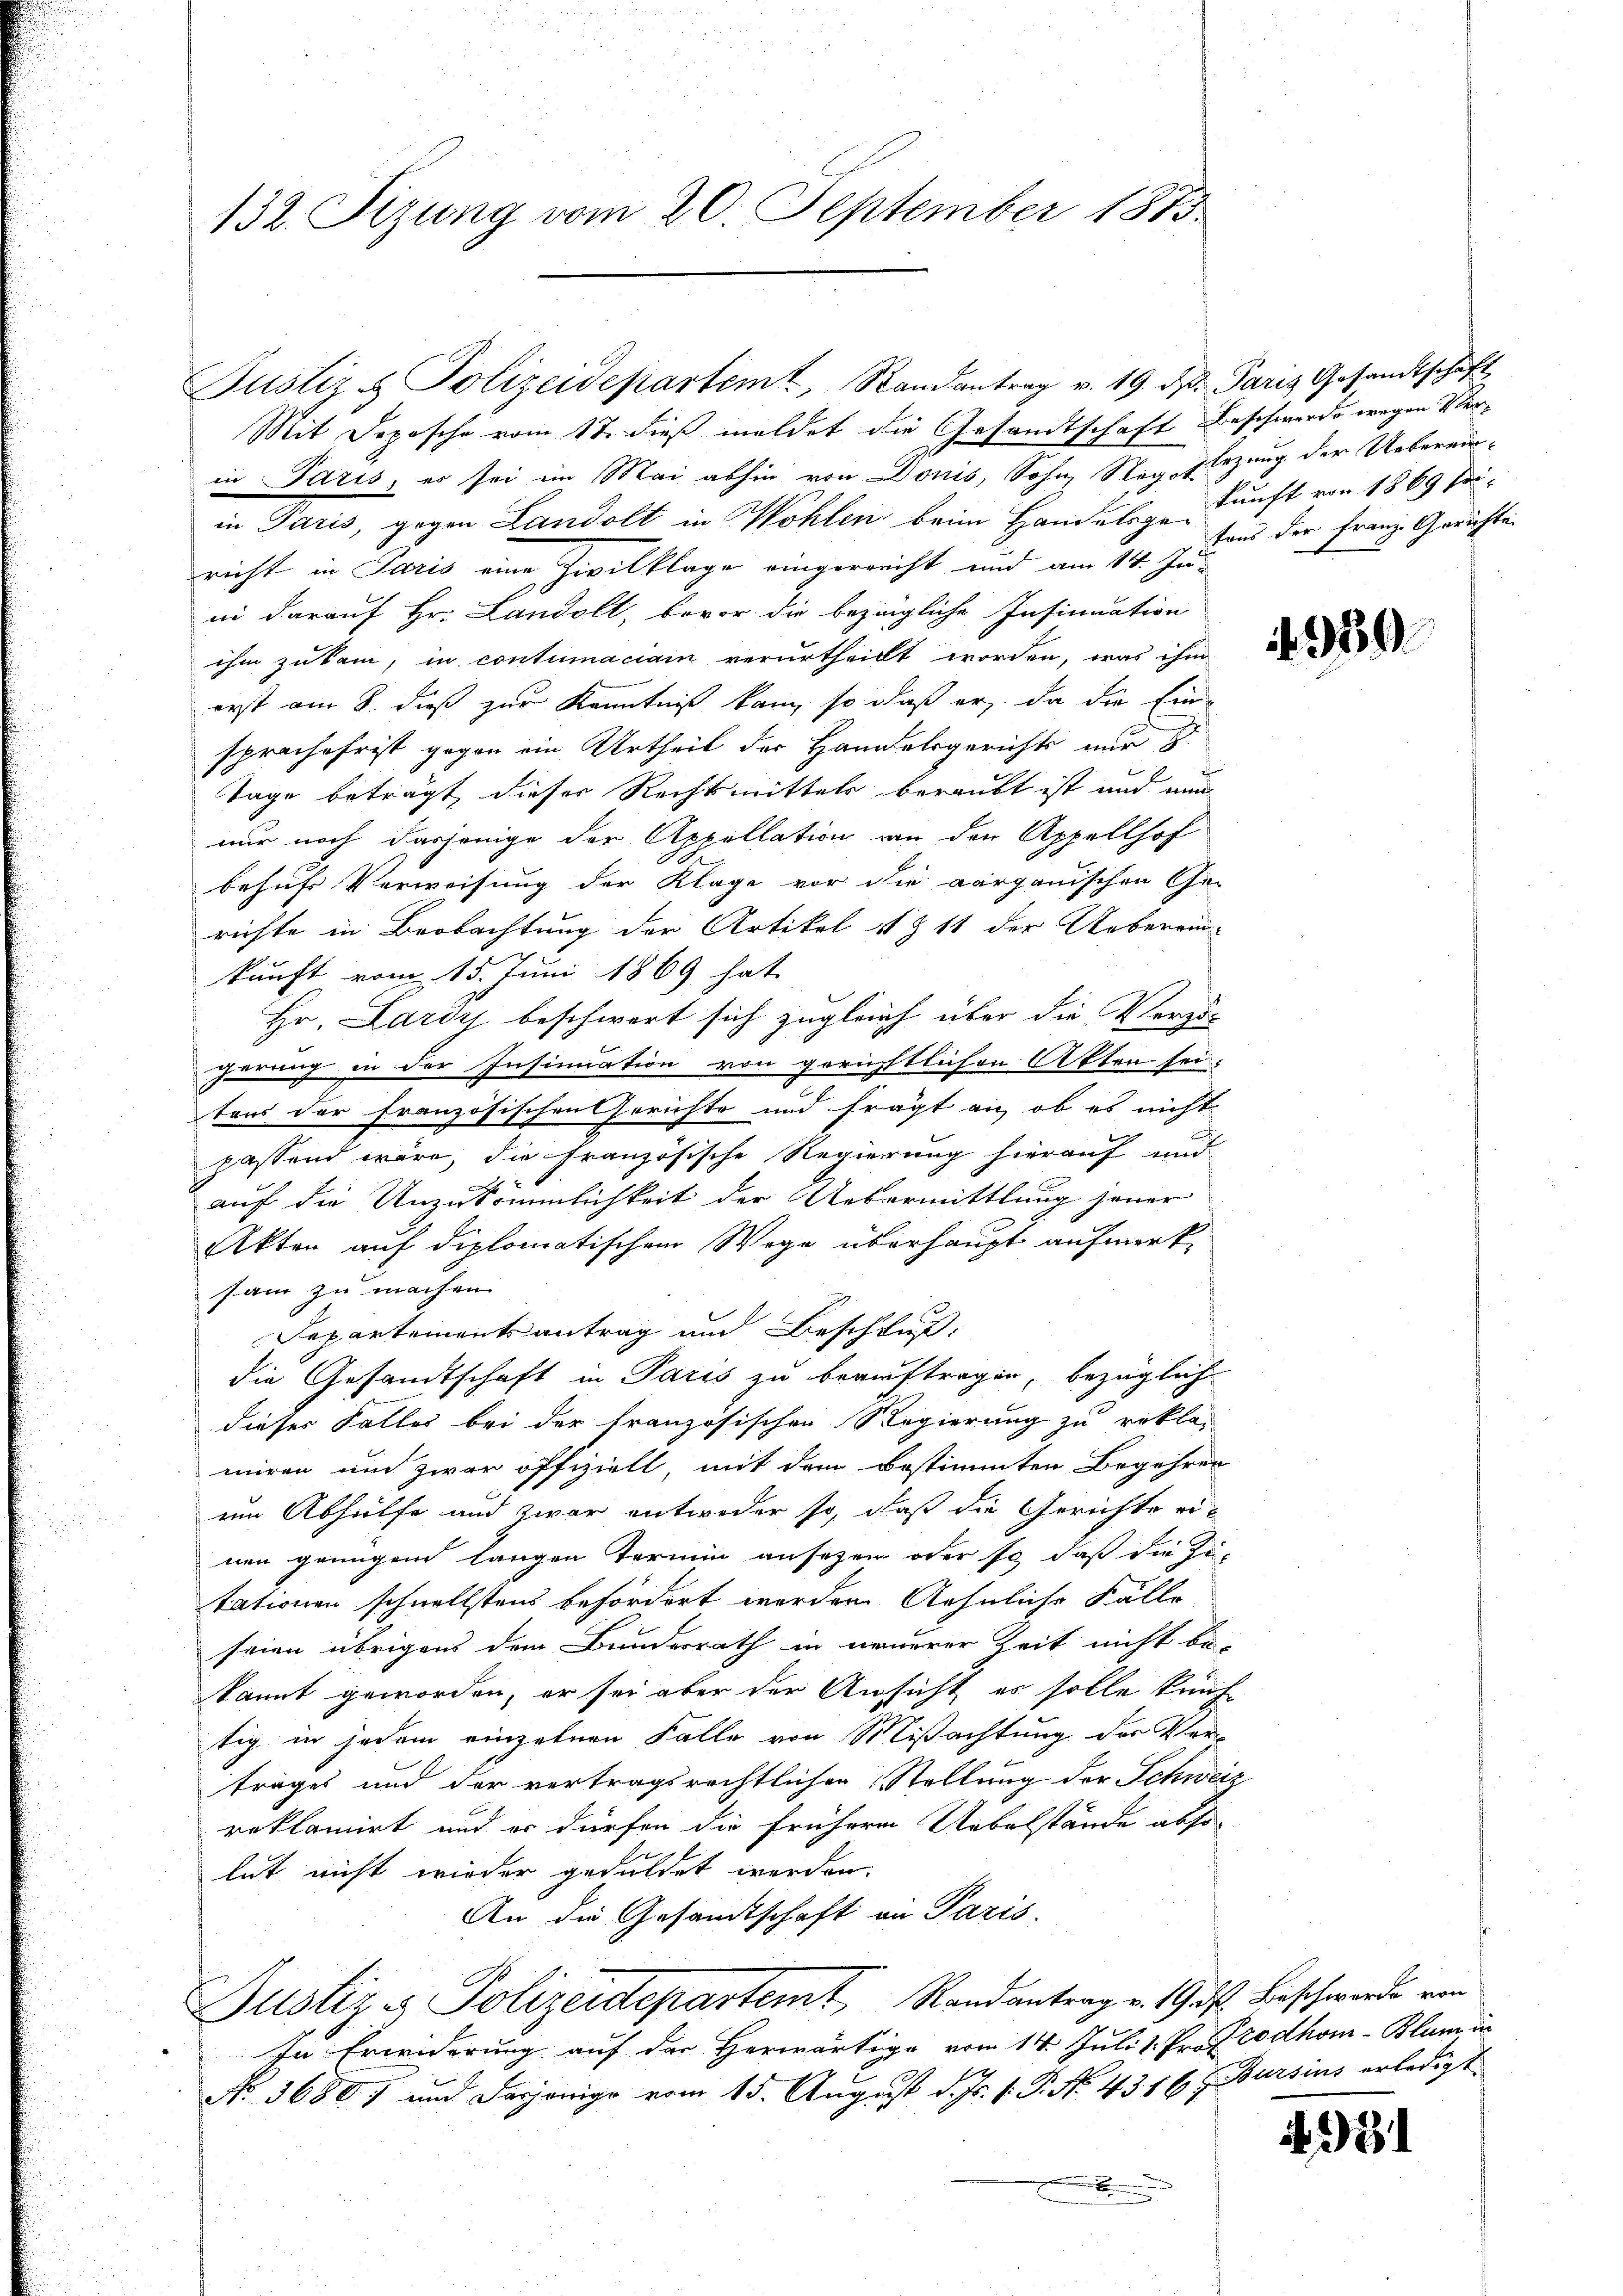
132. Fizung vom 20. September 1873.

Mit Depesche vom 17. dieß meldet die Gesandtschaft Beschwerde wegen Verin Paris, es sei im Mai abhin von Donis, Sohn, Steg Elazung der Uebereinin Paris, gegen Landolt in Wohlen beim Handelige Kunst von 1869 Tiricht in Paris eine Zivilklage eingerreicht und am 14. Ju-
in darauf Hr. Landolt, bevor die bezügliche Insinuation
ihm zukam, in contumaciam verurtheilt worden, was ihm
erst am 8. dieß zur Kenntniß kam, so daß er da die Einsprachefrist gegen ein Urtheil der Handelsgerichts nur
Tage beträgt dieser Rechtsmittels beraubt ist und nun
nur noch dasjenige der Appellation an den Appellhof
behufs Verweisung der Klage vor die aargauischen Ge-
richte in Beobachtung der Artikel 1 § 11 der Ueberrin
kunft vom 15. Juni 1869 hat
Hr. Lardy beschwert sich zugleich über die Verzu
herung in der Insinuation von gerichtlichen Akten sei.
tors der französischen Gerichte und frägt an, ob es nicht
passend wäre, die französische Regierung hierauf und
g
auf die Unzukömmlichkeit der Uebermittlung jener
Akten auf diplomatischem Wege überhaupt aufmerk-
sam zu machen.
Departementsantrag und Beschluß,
die Gesandtschaft in Paris zu beauftragen, bezügliche
dieses Falles bei der französischen Regierung zu rekla-
miren und zwar offiziell, mit dem bestimmten Begehren
im Abhülfe und zwar entweder so, daß die Gerichte einen grungend langen Termin ansezen oder so daß die Zu-
tationen schnellstens befördert worden. Aehnliche Fälle
seien übrigens dem Bundesrath in neuerer Zeit nicht be-
kannt geworden, er sei aber der Ansicht es solle kauf-
tig in jedem einzelnen Falle von Mißachtung der Ver-
trages und der vertragsrechtlichen Stellung der Schweiz
reklamirt und er dürfen die frühere Uebelstände abso-
lut nicht wieder geduldet werden.
An die Gesamtschaft in Paris.
Justiz & Polizeidepartemt, Randantrag v. 19 des Beschwerde von
In Erwiderung auf der Herwärtige vom 14. Juli 1. Pr. Prodhom-Blum in
No. 3680 f und dasjenige vom 15. August d. Js. v. P. No. 4316, Bursins erledigt.
x

Justiz & Polizeidepartem Randantrag v. 19. ds. Paris Gesandtschaft

tens der Franz Gerichte

939.

3